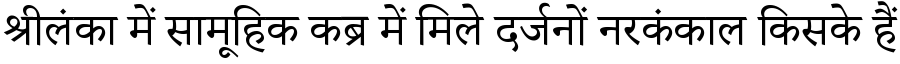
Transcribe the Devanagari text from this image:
श्रीलंका में सामूहिक कब्र में मिले दर्जनों नरकंकाल किसके हैं